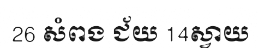
26 សំពង ជ័យ 14ស្វាយ